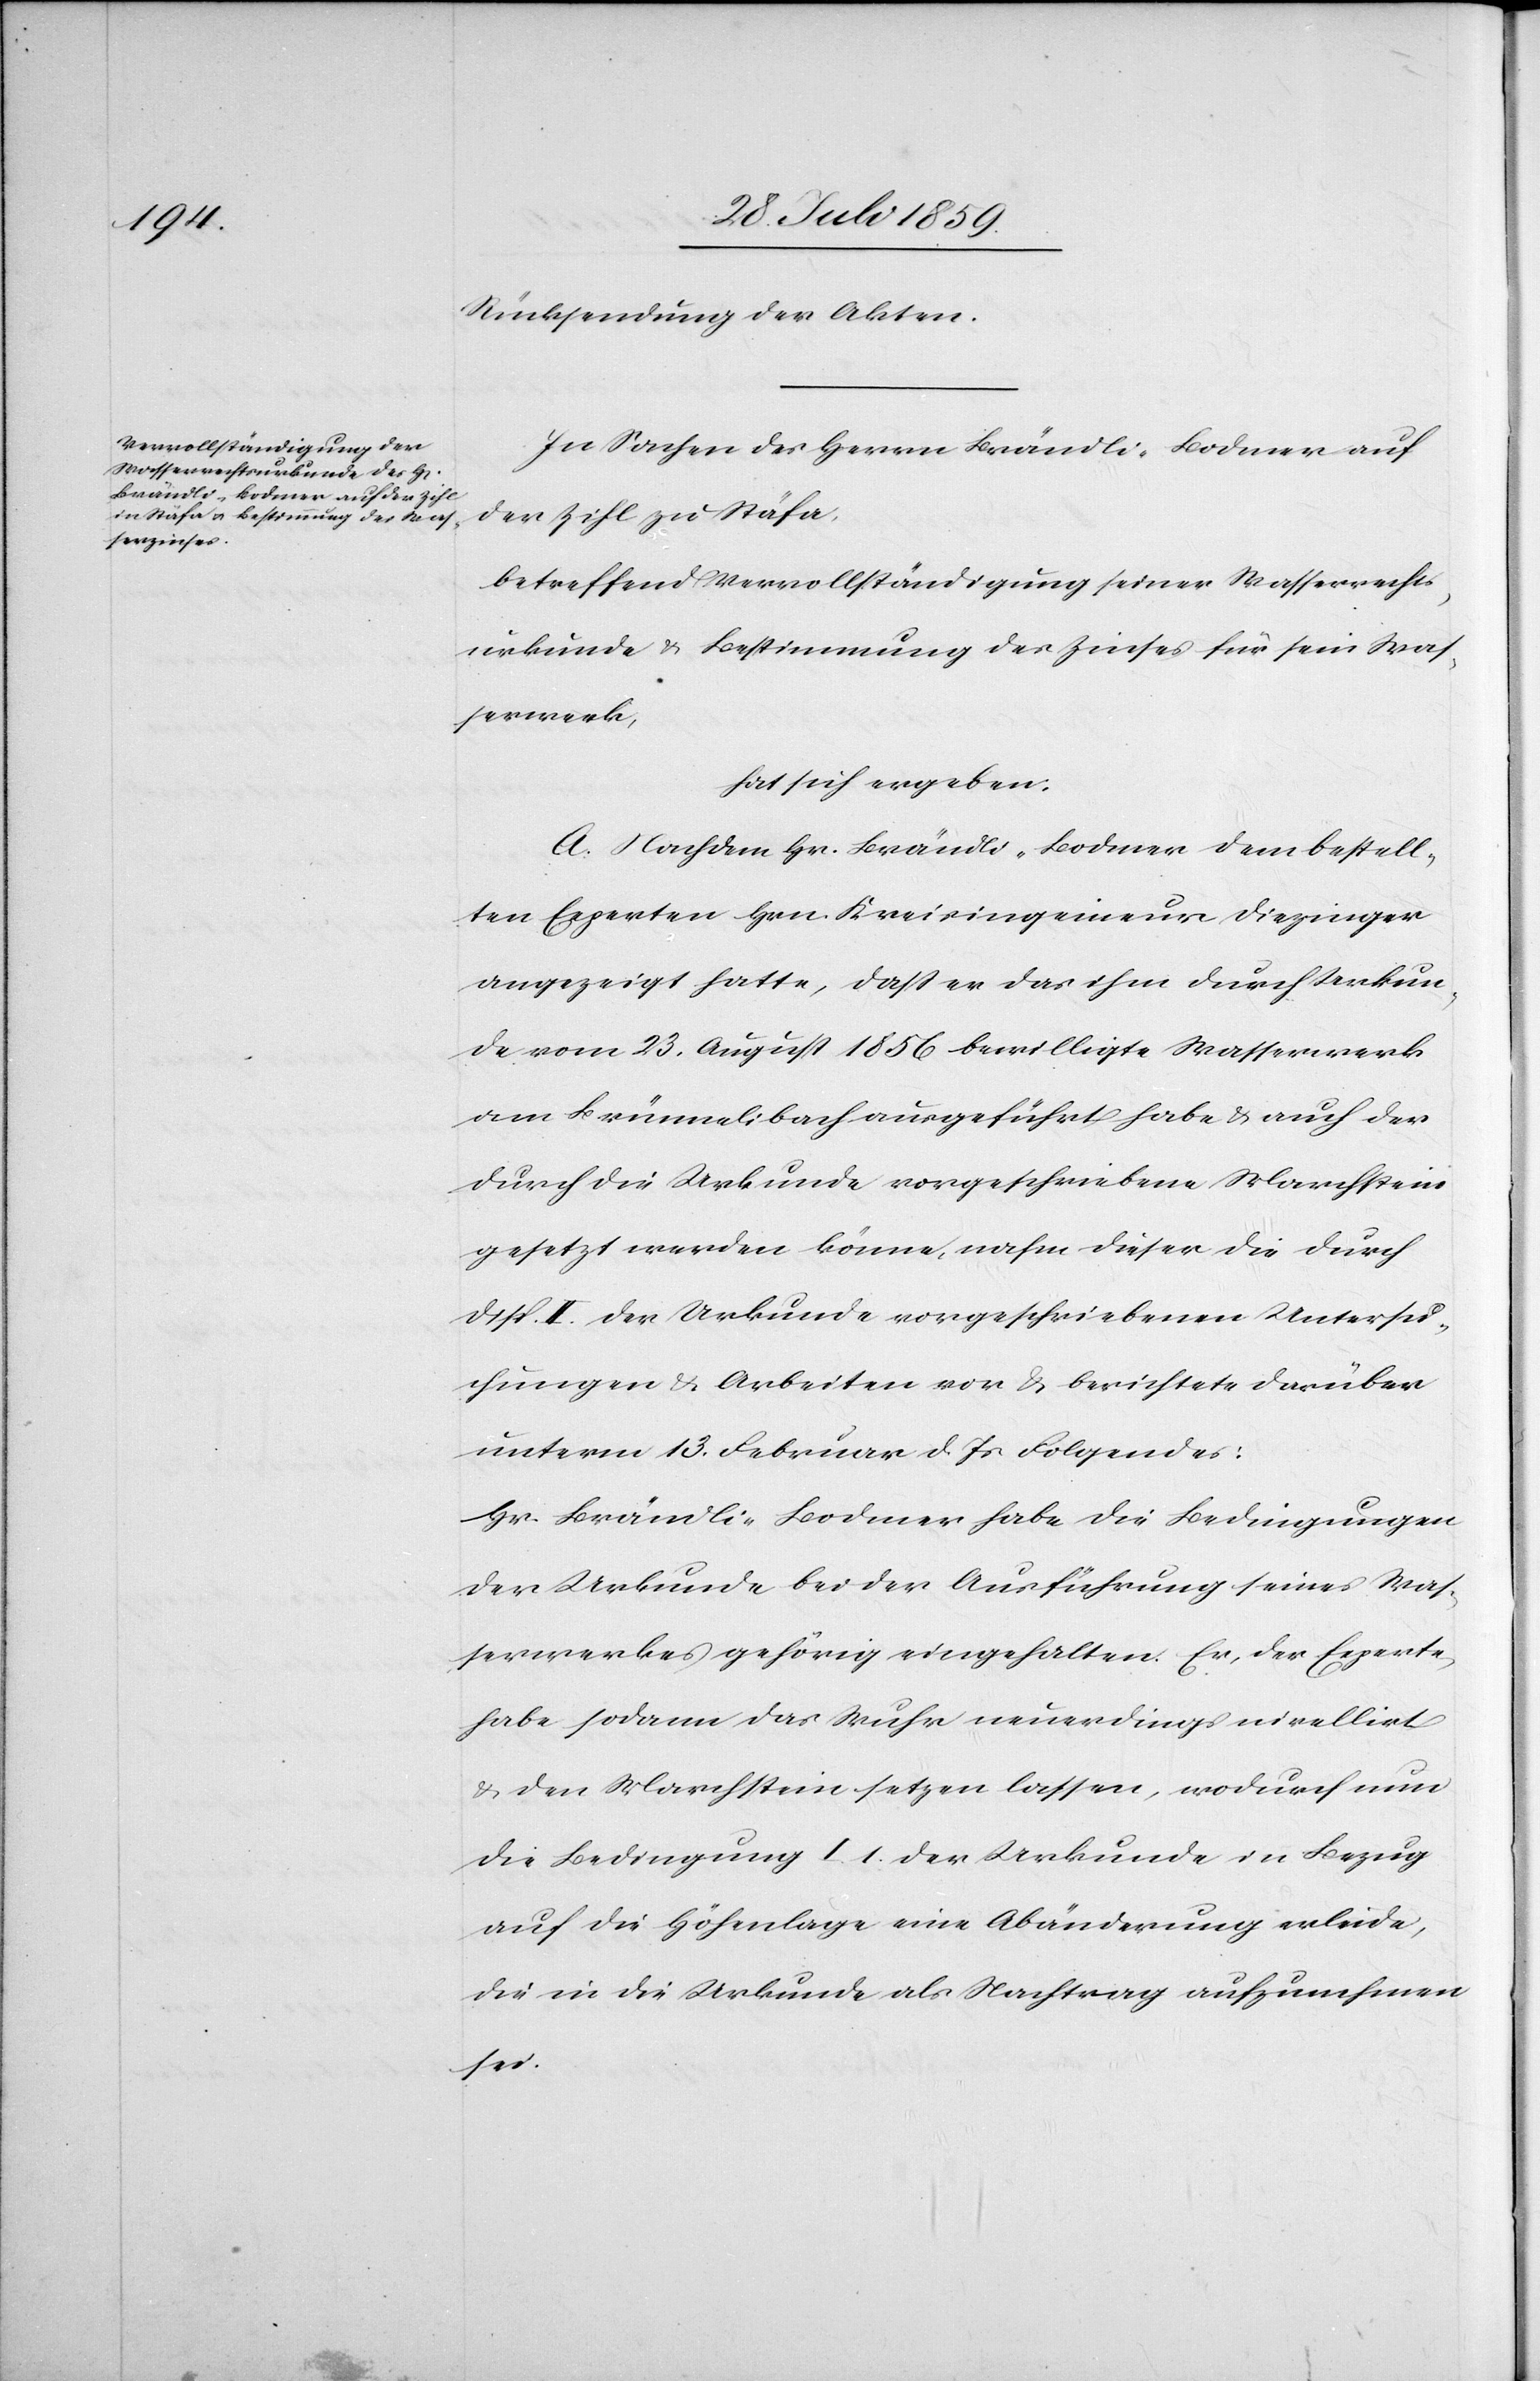
Rücksendung der Akten.